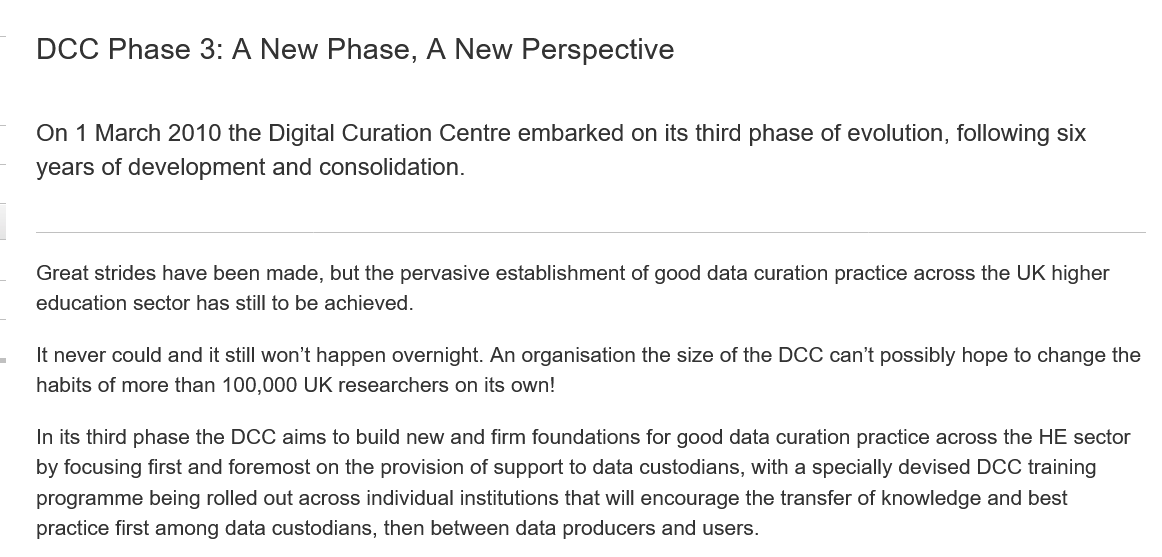
DCC   Phase 3:    A New   Phase,  A   New Perspective
    On 1 March  2010 the Digital Curation Centre embarked on its third phase of evolution, following six
    years of development and  consolidation.
    Great strides have been made, but the pervasive establishment of good data curation practice across the UK higher
    education sector has still to be achieved.
    It never could and it still won’t happen overnight. An organisation the size of the DCC can’t possibly hope to change the
    habits of more than 100,000 UK researchers on its own!
    In its third phase the DCC aims to build new and firm foundations for good data curation practice across the HE sectc
    by focusing first and foremost on the provision of support to data custodians, with a specially devised DCC training
    programme being rolled out across individual institutions that will encourage the transfer of knowledge and best
    practice first among data custodians, then between data producers and users.